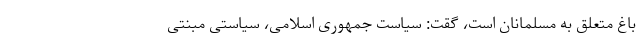
باغ متعلق به مسلمانان است، گقت: سیاست جمهوری اسلامی، سیاستی مبنتی